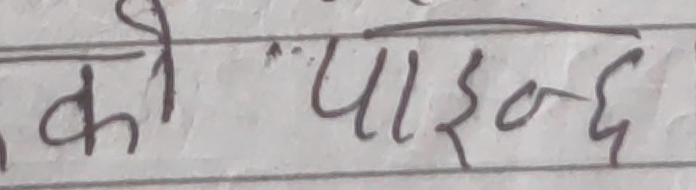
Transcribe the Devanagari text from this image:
को पाइन्छ